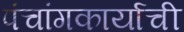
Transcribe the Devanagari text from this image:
पंचांगकार्याची